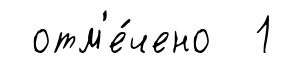
отм'е́чено 1